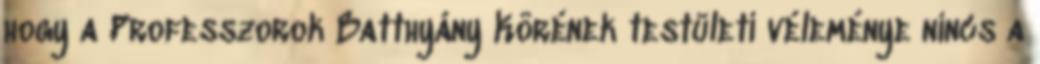
hogy a Professzorok Batthyány Körének testületi véleménye nincs a